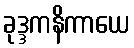
ခုဒ္ဒကနိကာယေ